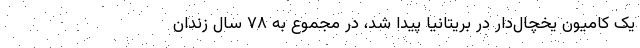
یک کامیون یخچال‌دار در بریتانیا پیدا شد، در مجموع به ۷۸ سال زندان